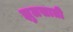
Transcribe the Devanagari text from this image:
झुलसाती